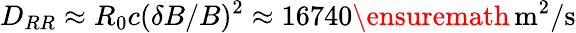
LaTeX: D_{RR}\approx R_{0}c(\delta B/B)^{2}\approx 16740\ensuremath{\, \mathrm{m^{2}/s}}